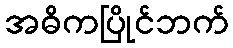
အဓိကပြိုင်ဘက်